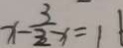
x - \frac { 3 } { 2 } x = 1